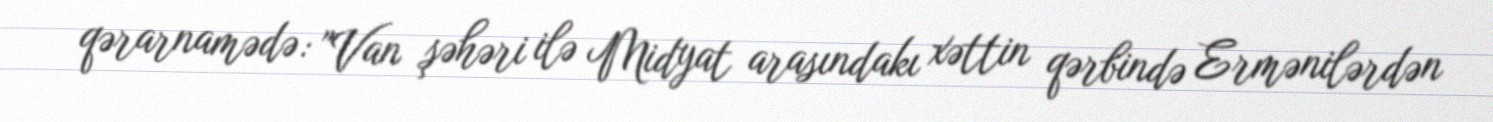
qərarnamədə: "Van şəhəri ilə Midyat arasındakı xəttin qərbində Ermənilərdən